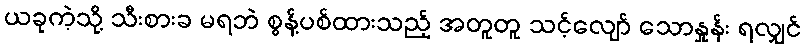
ယခုကဲ့သို့ သီးစားခ မရဘဲ စွန့်ပစ်ထားသည့် အတူတူ သင့်လျော် သောနှုန်း ရလျှင်